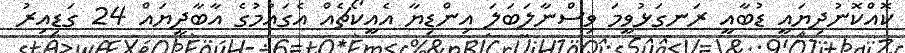
ކޮއްކޮނުދިޔައީ ޑުބާއީ ރަނގަޅުވީމަ ވިސްނާލަބަލަ އިންޑިޔާ އެއީކޯޗެއް އެގައުމުގެ އާބާދީޔައް 24 ގަޑިއިރު